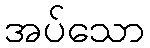
အပ်သော